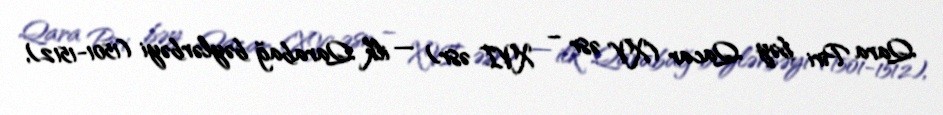
Qara Piri bəy Qacar (XV əsr – XVI əsr) — ilk Qarabağ bəylərbəyi (1501-1512),